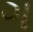
ગ